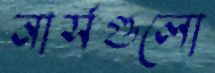
নার্সগুলো